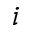
_ i